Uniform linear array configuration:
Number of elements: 24
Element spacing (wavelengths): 1
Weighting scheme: uniform
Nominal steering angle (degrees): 0
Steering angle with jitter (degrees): -1.964
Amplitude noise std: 0.05
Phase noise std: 0.05

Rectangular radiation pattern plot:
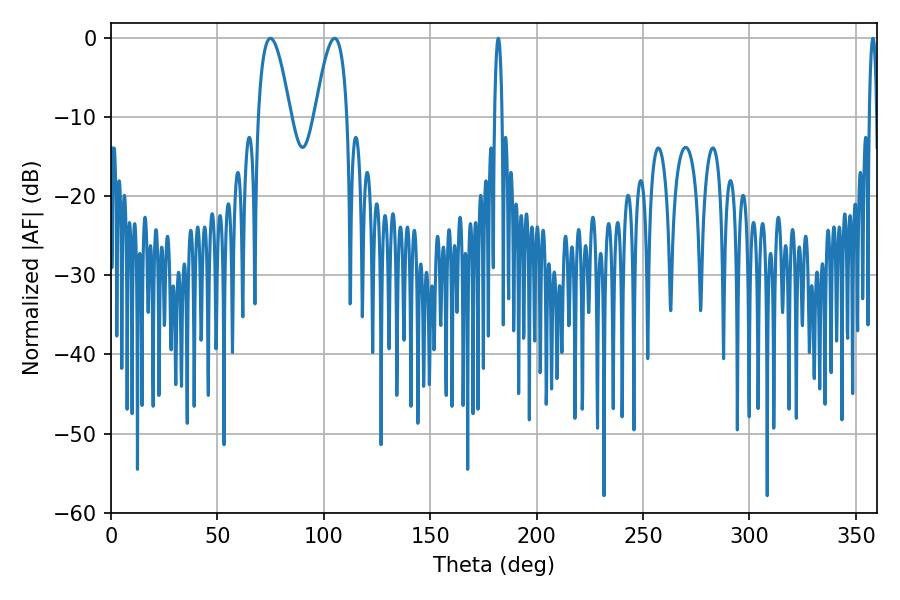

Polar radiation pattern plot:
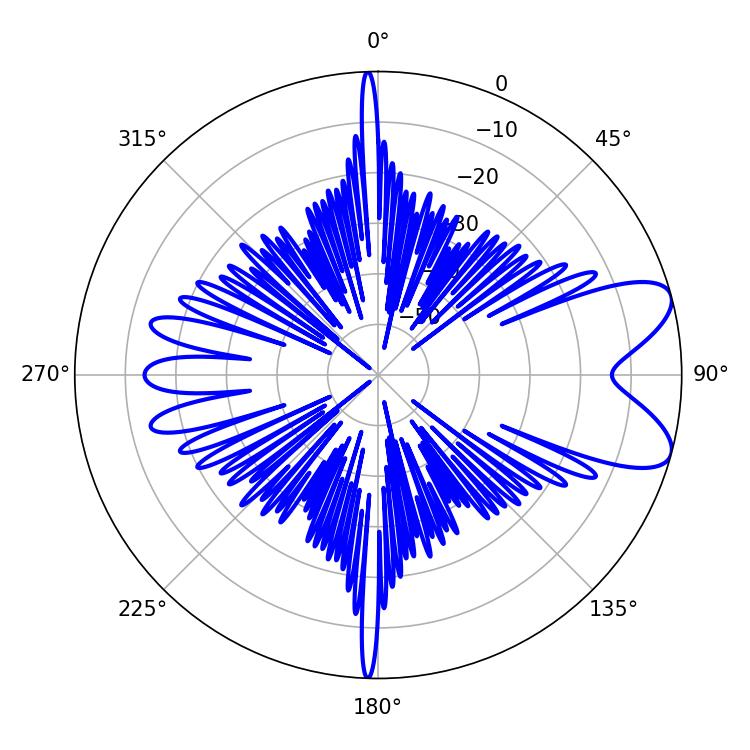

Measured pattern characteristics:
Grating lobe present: TRUE
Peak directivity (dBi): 8.273
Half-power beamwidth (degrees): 1.8
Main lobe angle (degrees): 181.98